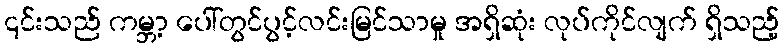
၎င်းသည် ကမ္ဘာ့ ပေါ်တွင်ပွင့်လင်းမြင်သာမှု အရှိဆုံး လုပ်ကိုင်လျက် ရှိသည့်